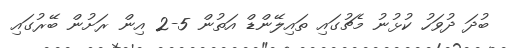
ބުދަ ދުވަހު ކުޅުނު މެޗުގައި ތައިލޭންޑް އަތުން 5-2 އިން ރަށުން ބޭރުގައި